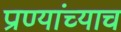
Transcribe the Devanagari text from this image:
प्राण्यांच्याच